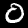
Label: 0